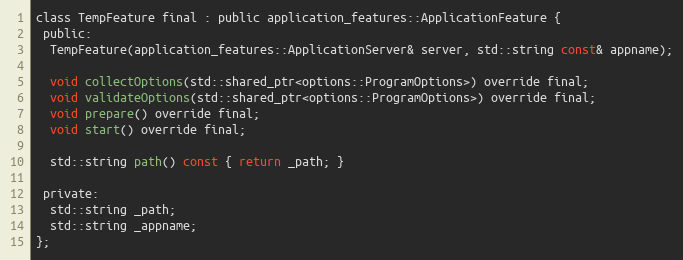
Language: C
class TempFeature final : public application_features::ApplicationFeature {
 public:
  TempFeature(application_features::ApplicationServer& server, std::string const& appname);

  void collectOptions(std::shared_ptr<options::ProgramOptions>) override final;
  void validateOptions(std::shared_ptr<options::ProgramOptions>) override final;
  void prepare() override final;
  void start() override final;

  std::string path() const { return _path; }

 private:
  std::string _path;
  std::string _appname;
};